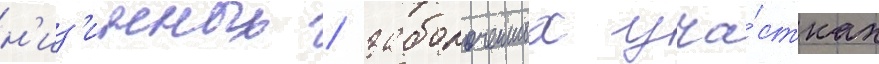
н'из'инных / заболоченных уча́стках